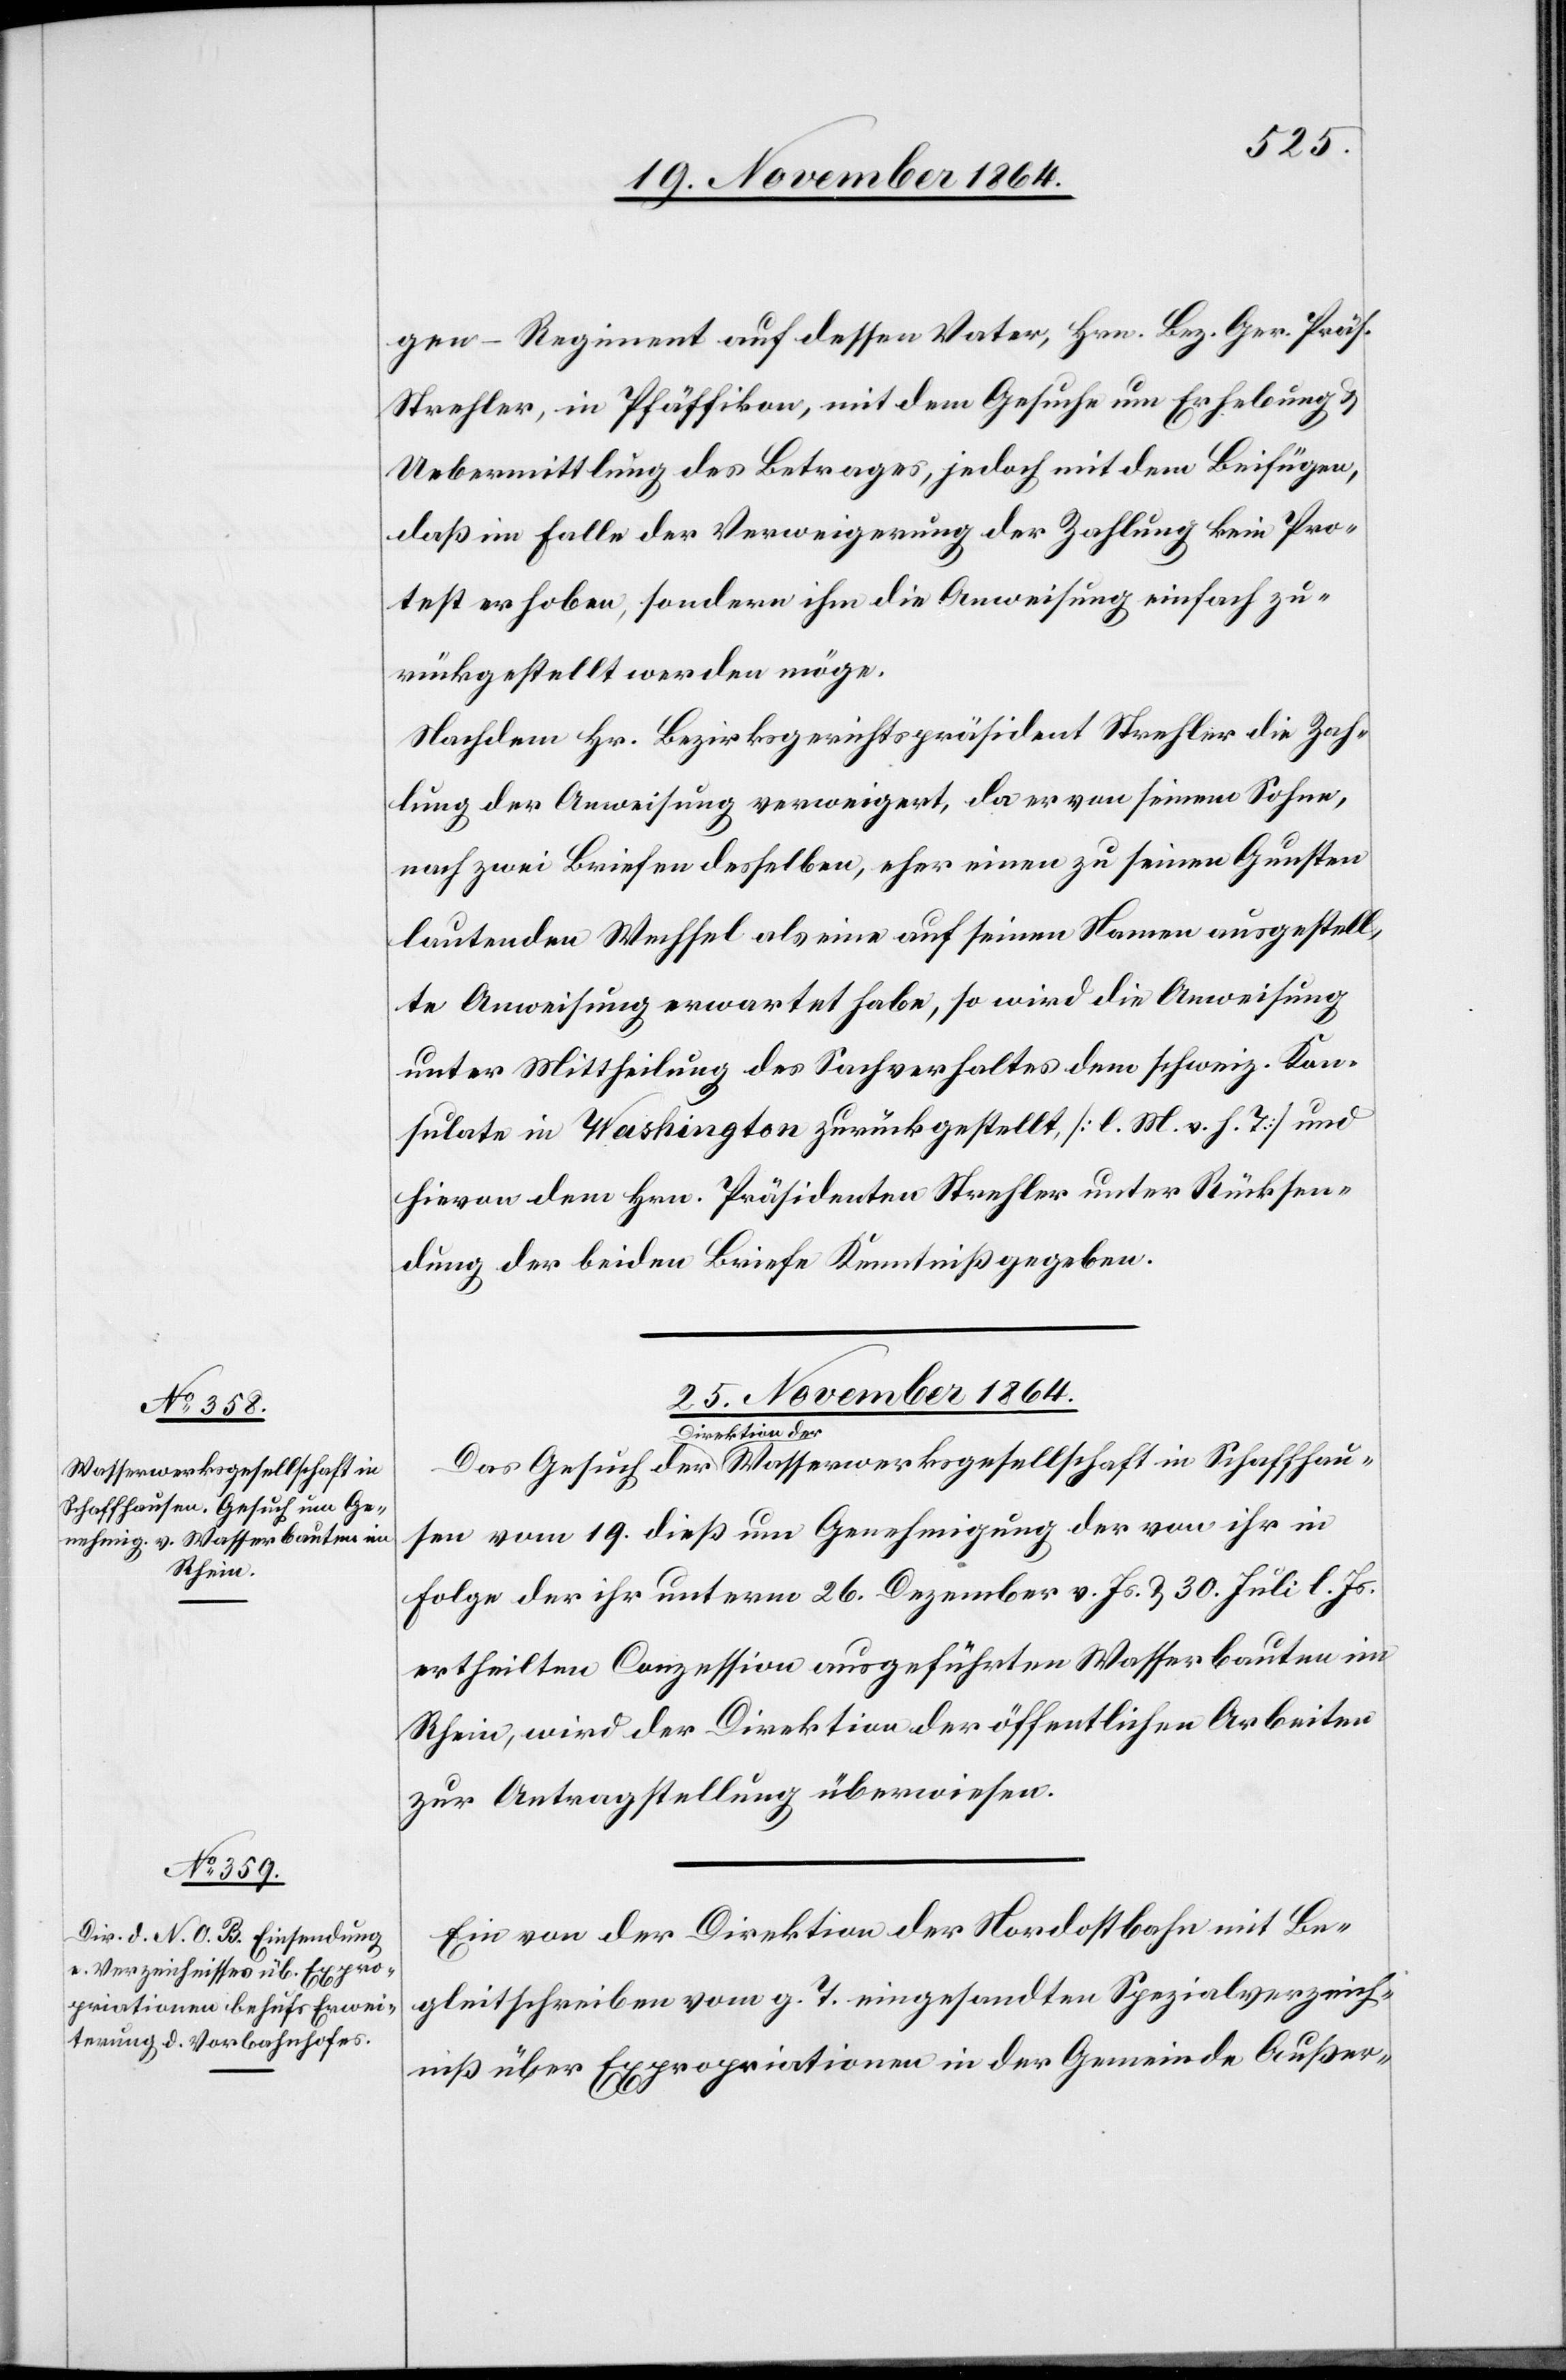
Wasserwerksgesellschaft in

19.
gen-Regiment auf dessen Vater, Hrn. Bez. Ger. Präs.
Strehler, in Pfäffikon, mit dem Gesuche um Erhebung &
Uebermittlung des Betrages, jedoch mit dem Beifügen,
daß im Falle der Verweigerung der Zahlung kein Pro¬
test erhoben, sondern ihm die Anweisung einfach zu¬
rückgestellt werden möge.
Nachdem Hr. Bezirksgerichtspräsident Strehler die Zah¬
lung der Anweisung verweigert, da er von seinem Sohne,
nach zwei Briefen desselben, eher einen zu seinen Gunsten
lautenden Wechsel als eine auf seinen Namen ausgestell¬
te Anweisung erwartet habe, so wird die Anweisung
unter Mittheilung des Sachverhaltes dem schweiz. Kon¬
sulate in Washington zurückgestellt, [l. M. v. h. T.] und
hievon dem Hrn. Präsidenten Strehler unter Rücksen¬
dung der beiden Briefe Kenntniß gegeben.
25. November 1864.]
a-Direktion der-a
Folge der ihr unterm 26. Dezember v. Js. & 30. Juli l. Js.
ertheilten Conzession ausgeführten Wasserbauten im
Rhein, wird der Direktion der öffentlichen Arbeiten
zur Antragstellung überwiesen.
Ein von der Direktion der Nordostbahn mit Be¬
gleitschreiben vom g. T. eingesandten [sic!] Spezialverzeich¬
niß über Expropriationen in der Gemeinde Außer-